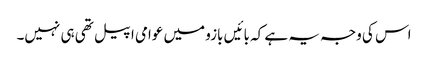
اس کی وجہ یہ ہے کہ بائیں بازو میں عوامی اپیل تھی ہی نہیں۔